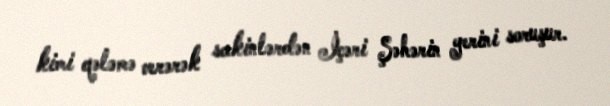
kimi qələmə verərək sakinlərdən İçəri Şəhərin yerini soruşur.